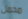
محمل